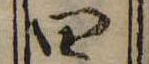
四